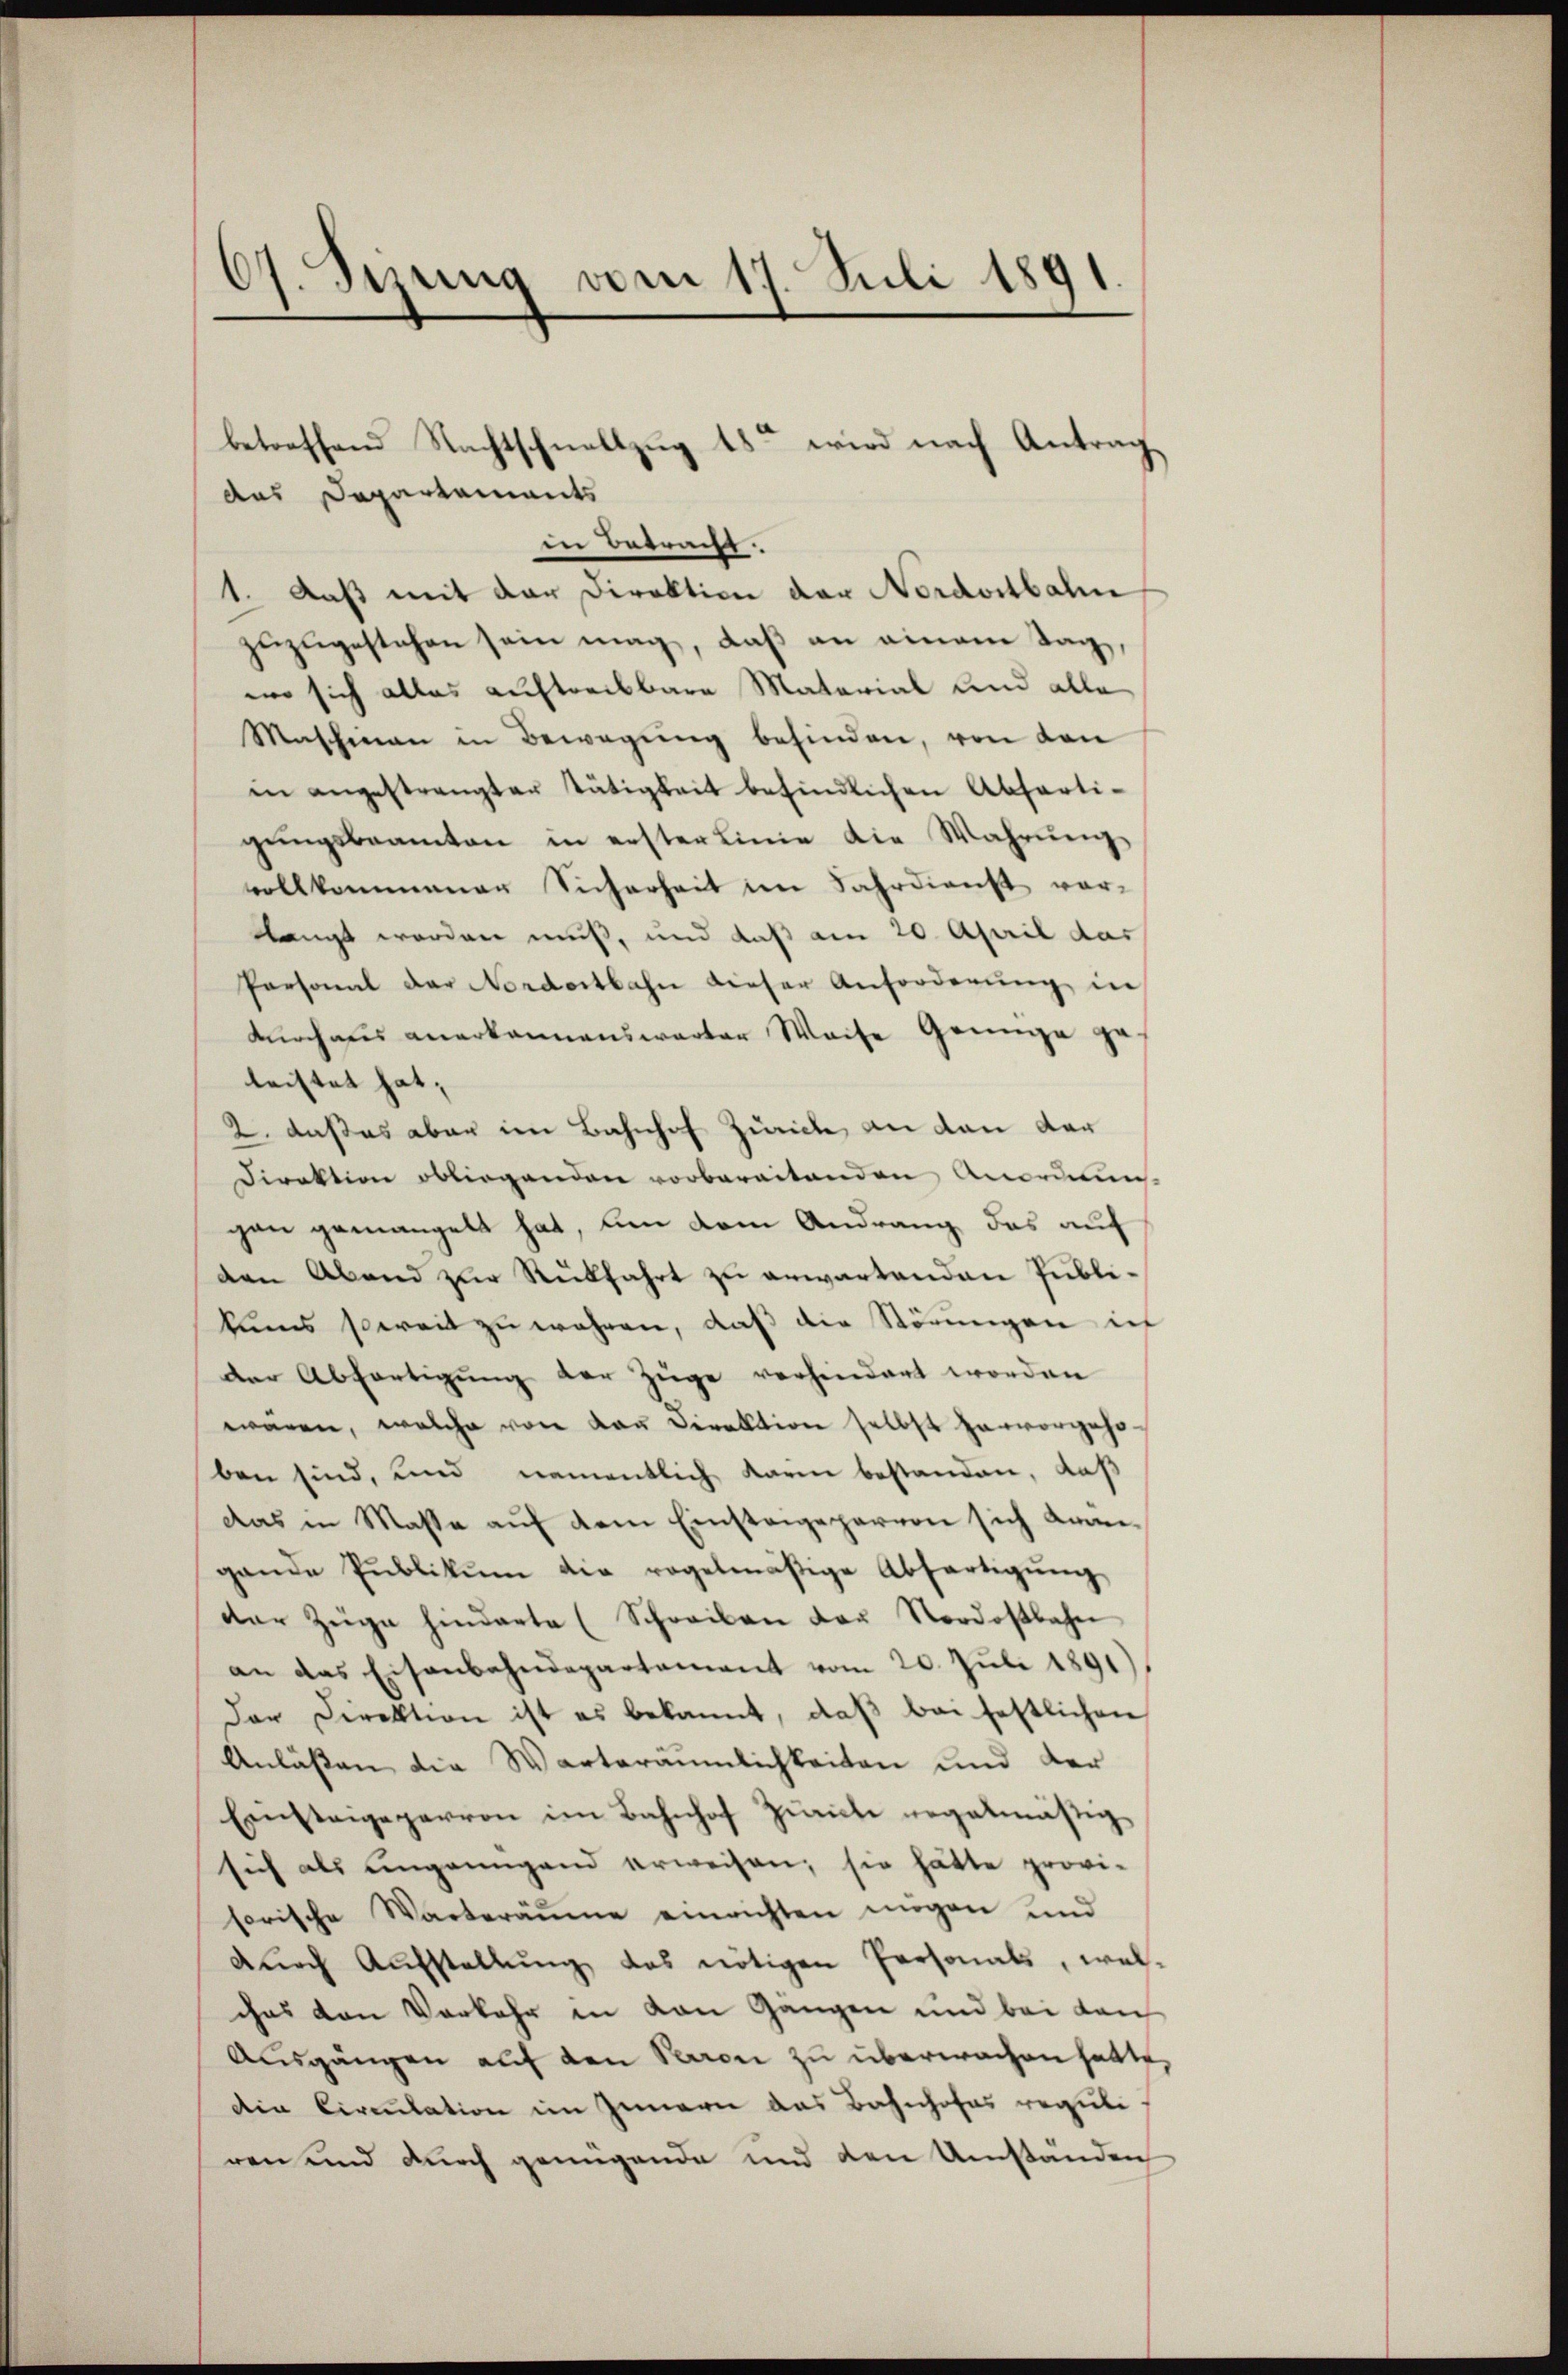
67. Seiung vom 17. Juli 1891

das Departements
in Betracht.
1. Daß mit der Direktion der Nordostbahn
zuzugestehen sein mag, daß an einem Tag,
wo sich alles auftreibbare Material und alle
Maschinen in Bewegung befinden, von den
in angestrangter Tätigkeit befindlichen Absarti-
gŭngsbeamten in erster Linie die Wahrŭng
vollkommener Sicherheit im Fahrdienst vorlangt worden muß, und daß am 20. April das
Personal der Nordostbahn dieser Anforderung in
Krchaus anerkannenswarter Weise Grünge geleistet hat,
2. daß es aber im Bahnhof Zürich, an den der
Direktion obliegenden vorberaitenden Anordnun
gen gemangelt hat, um dem Andrang das auf
den Abend zur Rückfahrt zu erwartenden Publikums sereit zu wahren, daß die Störungen ich
der Abfertigung der Züge vorhindert worden
waren, welche von von Direktion selbst hervorgehe
ben sind, und namentlich darin bestanden, daß
das in Masse auf dem Einstage parvon sich Krangande Pŭblikŭm die regelmäßige Abfertigŭng
der Züge hinderte (Schreiben der Nordostbahn
an das Eisenbahndepartement vom 20. Juli 1891
Der Direktion ist es bekannt, daß bei festlichen
Anläßen die Warteräumlichkeiten und der
Einsteigeparron im Bahnhof Zürich regelmässig
sich als ungenügend erweisen; sie hätte provi-
horische Warteräŭme einrichten mögen und
dŭrch Aufstellŭng das nötigen Personals, wel-
ches von Vorkehr in von Gängen und bei den
Ausgängen auf den Raron zu überwachen hatte,
die Circulation im Innern das Bahnhofas reguli
ren und durch genügende und den Umständen

betreffend Nachtschnellzug 18ten wird nach Antrag¬